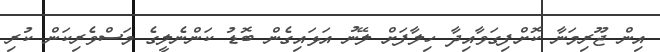
އިން ޖޫރިމަނާ ކޮށްފިގަވާއިދާ ހިލާފަށް ލޭނު އަޅައިގެން ބޮޑު ކަންނެލީގެ މަސްވެރިކަން ކުރި